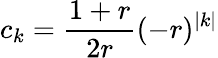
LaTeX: c_{k}=\frac{1+r}{2r}(-r)^{|k|}